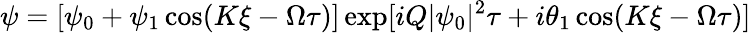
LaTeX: \psi=[\psi_{0}+\psi_{1}\cos(K\xi-\Omega\tau)]\exp[iQ|\psi_{0}|^{2}\tau+i\theta_{1}\cos(K\xi-\Omega\tau)]